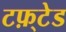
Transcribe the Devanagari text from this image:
टफ़्टेड